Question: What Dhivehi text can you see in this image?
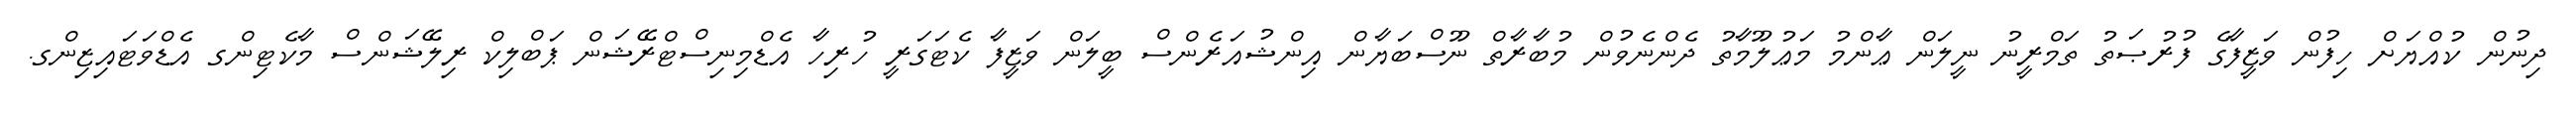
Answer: ދިނުން ކުއްޔަށް ހިފުން ވަޒީފާގެ ފުރުޞަތު ތަމްރީނު ނީލަން ޢާންމު މަޢުލޫމާތު ދެންނެވުން މުބާރާތް ނޫސްބަޔާން އިންޝުއަރެންސް ބީލަން ވަޒީފާ ކެޓަގަރީ ހުރިހާ އެޑްމިނިސްޓްރޭޝަން ޕަބްލިކް ރިލޭޝަންސް މާކެޓިންގ އެޑްވަޓައިޒިންގ.